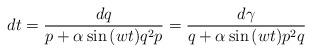
LaTeX: \begin{align*} dt=\frac{dq}{p+\alpha \sin{(wt)}q^2p}=\frac{d\gamma}{q+\alpha \sin{(wt)}p^2q}\end{align*}